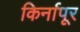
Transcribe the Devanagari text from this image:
किर्नापूर